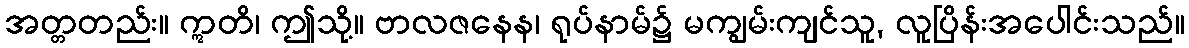
အတ္တတည်း။ ဣတိ၊ ဤသို့။ ဗာလဇနေန၊ ရုပ်နာမ်၌ မကျွမ်းကျင်သူ, လူပြိန်းအပေါင်းသည်။